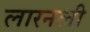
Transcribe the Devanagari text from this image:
लारनली